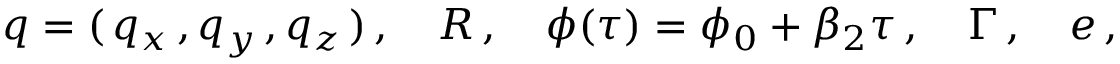
\boldsymbol { q } = ( \, q _ { x } \, , q _ { y } \, , q _ { z } \, ) \, , \quad R \, , \quad \phi ( \tau ) = \phi _ { 0 } + \beta _ { 2 } \tau \, , \quad \Gamma \, , \quad { \boldsymbol { e } } \, ,